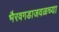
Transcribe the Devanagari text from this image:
भैरवगडाजवळच्या